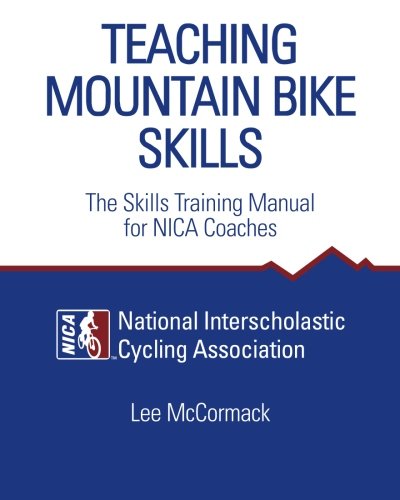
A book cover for Teaching Mountain Bike Skills: The Skills Training Manual for NICA Coaches; Lee McCormack; Sports & Outdoors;